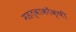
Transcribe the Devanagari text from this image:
महत्वाकाँक्षी